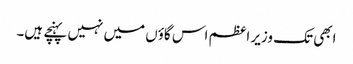
ابھی تک وزیر اعظم اس گاؤں میں نہیں پہنچے ہیں۔